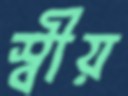
স্বীয়